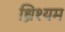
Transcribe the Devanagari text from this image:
ध्रिश्यम